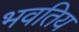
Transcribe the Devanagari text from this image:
भवतिय